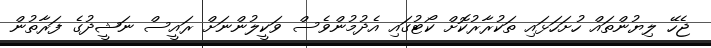
ޖެހޭ ލިޔުންތައް ހުށަހަޅައި ތަކުރާރުކޮށް ކޯޓުގައި އެދުމުންވެސް ވަކީލުންނަށް ރައީސް ނަޝީދުގެ ފަރާތުން